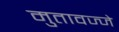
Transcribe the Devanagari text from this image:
मुतावज्जे